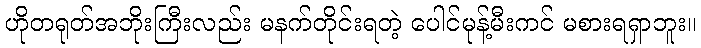
ဟိုတရုတ်အဘိုးကြီးလည်း မနက်တိုင်းရတဲ့ ပေါင်မုန့်မီးကင် မစားရရှာဘူး။